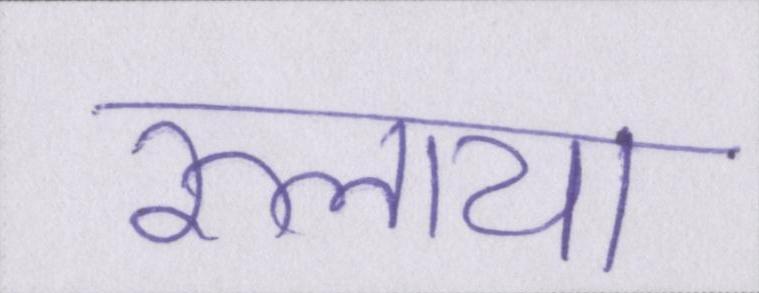
रुलाया